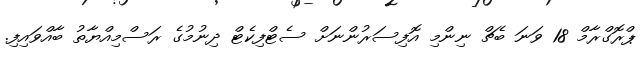
ޕްރޮގްރާމް 18 ވަނަ ބެޗް ނިންމި އޮފިސަރުންނަށް ސެޓްފިކެޓް ދިނުމުގެ ރަސްމިއްޔާތު ބާއްވައިފި.